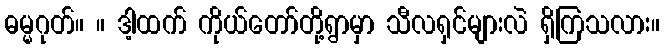
ဓမ္မဂုတ်။ ။ ဒါ့ထက် ကိုယ်တော်တို့ရွာမှာ သီလရှင်များလဲ ရှိကြသလား။